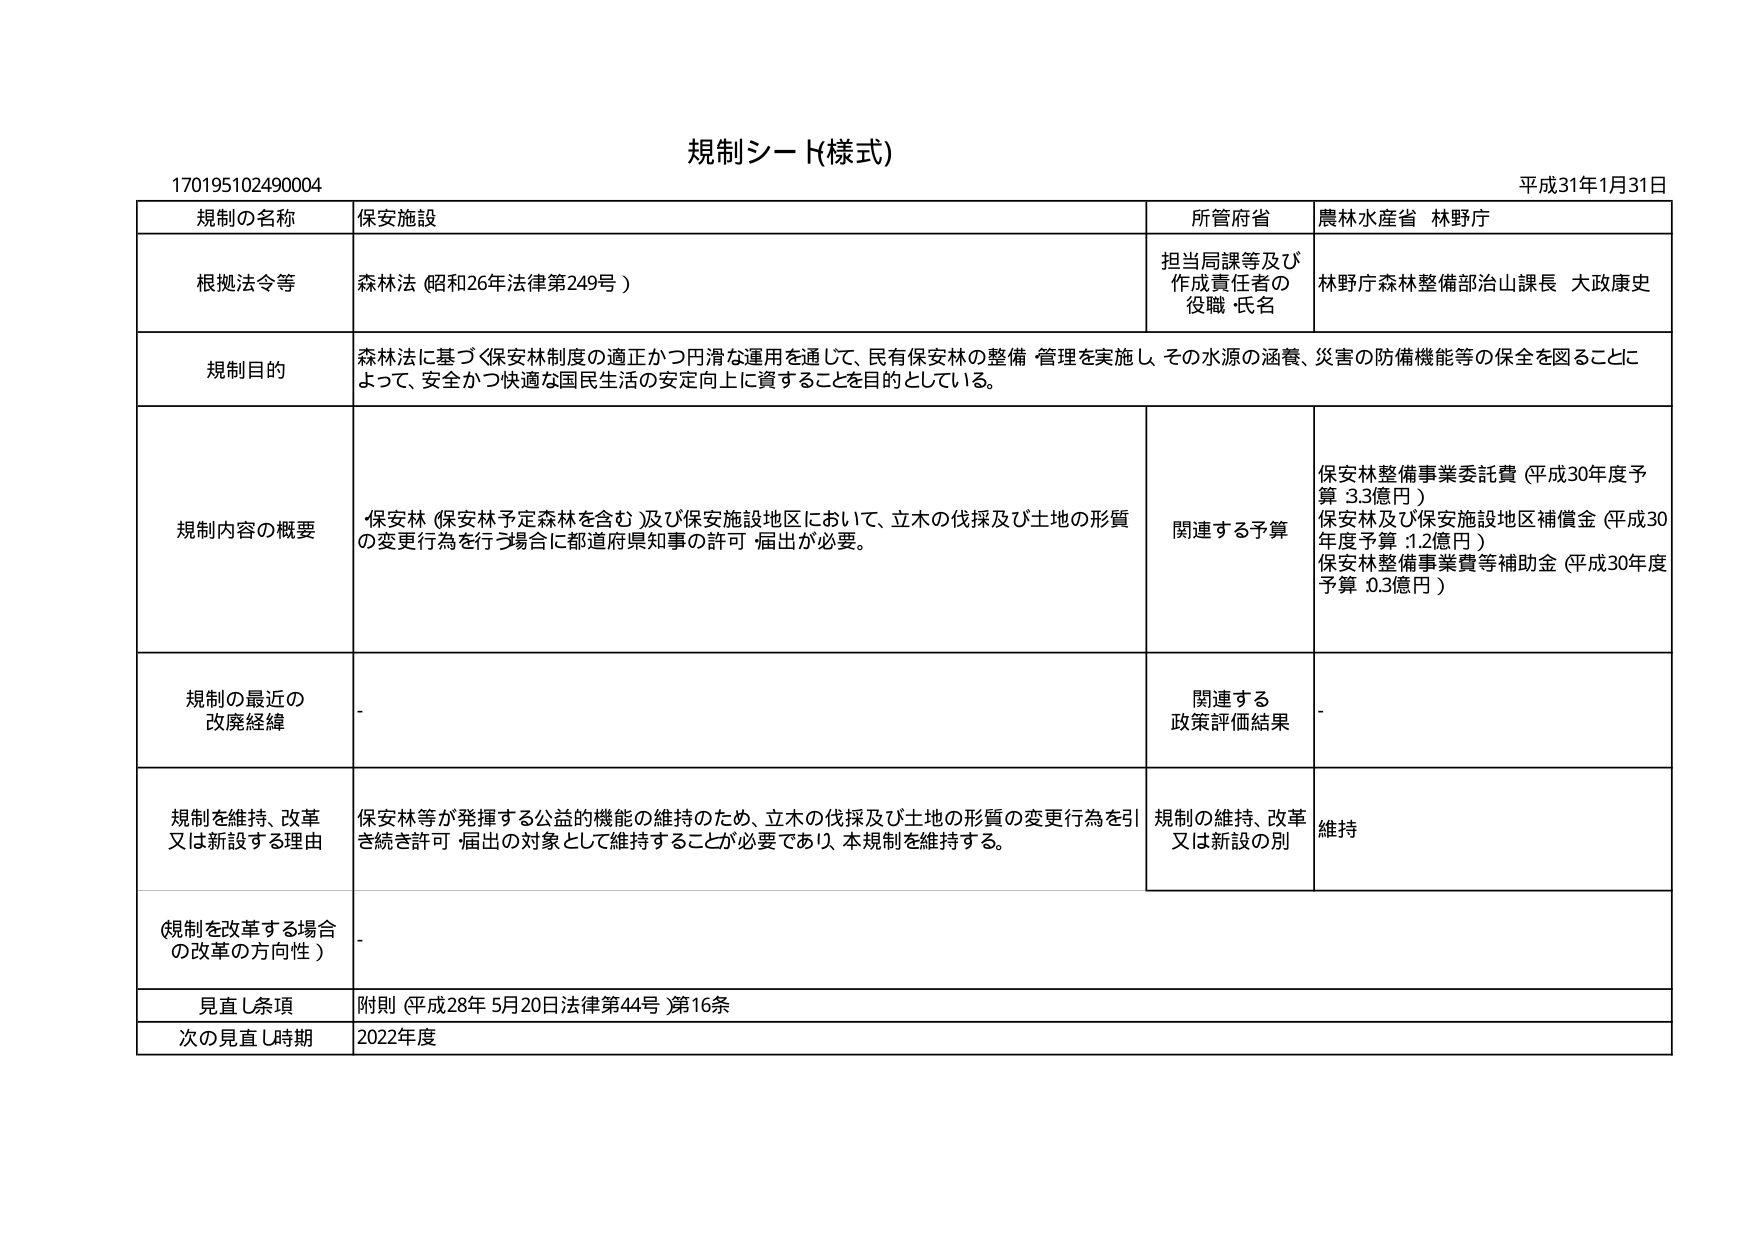
規制シート(様式)

170195102490004

平成31年1月31日

規制の名称 保安施設

所管府省 農林水産省 林野庁

根拠法令等 森林法（昭和26年法律第249号）

担当局課等及び作成責任者の役職・氏名 林野庁森林整備部治山課長 大政康史

規制目的 森林法に基づく保安林制度の適正かつ円滑な運用を通じて、民有保安林の整備・管理を実施し、その水源の涵養、災害の防備機能等の保全を図ることによって、安全かつ快適な国民生活の安定向上に資することを目的としている。

規制内容の概要 保安林（保安林予定森林を含む）及び保安施設地区において、立木の伐採及び土地の形質の変更行為を行う場合に都道府県知事の許可・届出が必要。

関連する予算 保安林整備事業委託費（平成30年度予算 3.3億円）
保安林及び保安施設地区補償金（平成30年度予算 1.2億円）
保安林整備事業費等補助金（平成30年度予算 0.3億円）

規制の最近の改廃経緯 -

関連する政策評価結果 -

規制を維持、改革又は新設する理由 保安林等が発揮する公益的機能の維持のため、立木の伐採及び土地の形質の変更行為を引き続き許可・届出の対象として維持することが必要であり、本規制を維持する。

規制の維持、改革又は新設の別 維持

（規制を改革する場合の改革の方向性） -

見直し条項 附則（平成28年5月20日法律第44号）第16条

次の見直し時期 2022年度